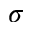
\sigma